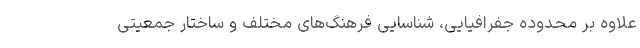
علاوه بر محدوده جفرافیایی، شناسایی فرهنگ‌های مختلف و ساختار جمعیتی